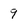
Character: 9